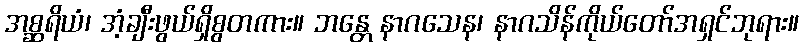
အစ္ဆရိယံ၊ အံ့ချီးဖွယ်ရှိစွတကား။ ဘန္တေ နာဂသေန၊ နာဂသိန်ကိုယ်တော်အရှင်ဘုရား။